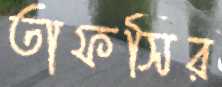
তাফসির